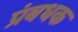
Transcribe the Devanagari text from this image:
प्रंबधक